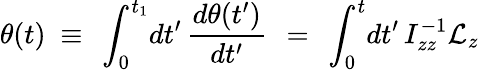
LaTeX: \theta(t)\ \equiv\ \int_{0}^{t_{1}}\! dt^{\prime}\, \frac{d\theta(t^{\prime})}{dt^{\prime}}\, \ =\ \int_{0}^{t}\! dt^{\prime}\, I_{zz}^{-1}\mathcal L_{z}